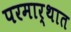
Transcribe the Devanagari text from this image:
परमार्थात